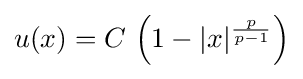
u(x)=C\,\left(1-|x|^{\frac {p}{p-1}}\right)